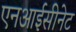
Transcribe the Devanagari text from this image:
एनआईसीनेट